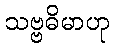
သဗ္ဗဓိမာဟု